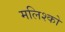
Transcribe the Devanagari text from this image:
मलिश्को